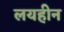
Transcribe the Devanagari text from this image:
लयहीन